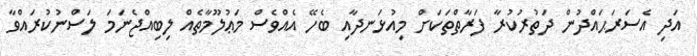
އަދި އެސަރަޙައްދުން ދަތުރުކުރާ ފަރާތްތަކަށް މިއުޅަނދާއި ބެހޭ އެއްވެސް މަޢުލޫމާތެއް ލިބިއްޖެނަމަ ލަސްނުކުރައްވާ